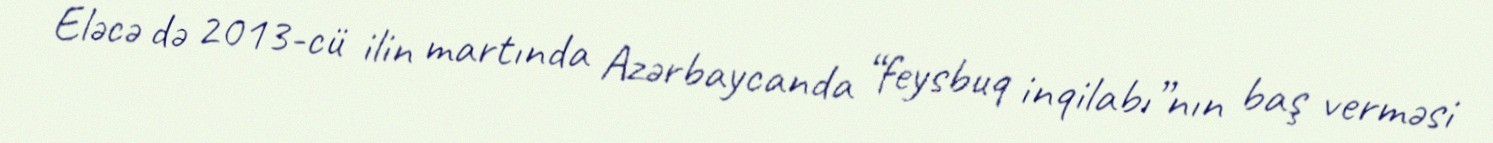
Eləcə də 2013-cü ilin martında Azərbaycanda “feysbuq inqilabı”nın baş verməsi